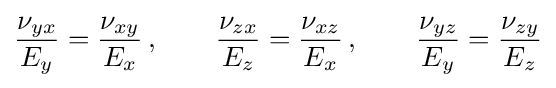
{\frac {\nu _{yx}}{E_{y}}}={\frac {\nu _{xy}}{E_{x}}}\,,\qquad {\frac {\nu _{zx}}{E_{z}}}={\frac {\nu _{xz}}{E_{x}}}\,,\qquad {\frac {\nu _{yz}}{E_{y}}}={\frac {\nu _{zy}}{E_{z}}}